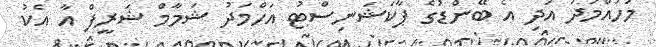
މުހައްމަދު އަދި އެ ބޭންޑުގެ ޕާކަޝަނިސްޓު އަހްމަދު ޝަމާމް ޝަރީފް އާ އެކު